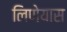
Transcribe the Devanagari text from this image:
लिणेयास